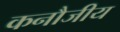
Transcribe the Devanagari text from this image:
कनौजीय